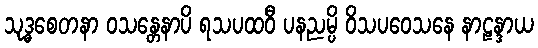
သုဒ္ဓစေတနာ ဝသန္တေနာပိ ရသပထဝီ ပနညမ္ပိ ဝိသပဝေသနေ နာဠန္ဒာယ